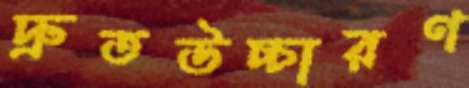
দ্রুতউচ্চারণ